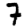
Digit: 7